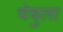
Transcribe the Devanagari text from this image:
चेबुला